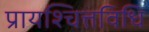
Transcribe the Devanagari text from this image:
प्रायश्चित्तविधि